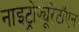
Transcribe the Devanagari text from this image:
नाइट्रोफ्यूरेटॉएन